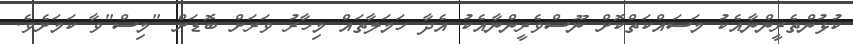
ކުޅުންތެރީންނާއެކު މަސައްކަތްކޮށް ނޫސްވެރީންނާއެކު އެދާ ހަމަލާތައް މިހާރު ވަރަށް ބޮޑަށް "މިސް"ވާ ކަމަށެވެ.